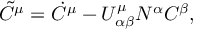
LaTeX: \tilde { C } ^ { \mu } = \dot { C } ^ { \mu } - U _ { \alpha \beta } ^ { \mu } N ^ { \alpha } C ^ { \beta } ,